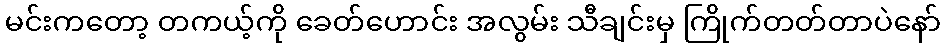
မင်းကတော့ တကယ့်ကို ခေတ်ဟောင်း အလွမ်း သီချင်းမှ ကြိုက်တတ်တာပဲနော်